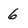
Character: 6